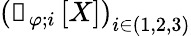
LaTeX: \left(\boldsymbol{\mathscr{f}}_{\varphi;i}\left[X\right]\right)_{i\in(1,2,3)}